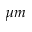
\mu m